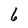
Character: 6